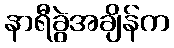
နာရီခွဲအချိန်က